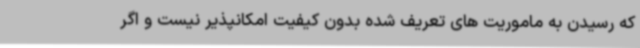
که رسیدن به ماموریت های تعریف شده بدون کیفیت امکانپذیر نیست و اگر